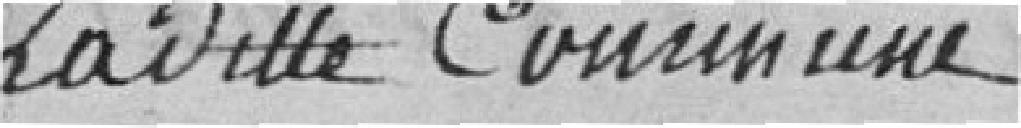
la dite Commune .